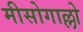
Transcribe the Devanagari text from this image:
मीसोगाल्लो